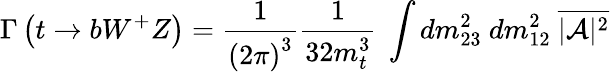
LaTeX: \Gamma\left(t\rightarrow bW^{+}Z\right)={\frac{1}{{(2\pi)}^{3}}}{\frac{1}{32m_{t}^{3}}}\ \int dm_{23}^{2}\ dm_{12}^{2}\ \overline{{{|{\cal A}|^{2}}}}